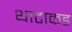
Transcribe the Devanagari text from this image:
थाटाकड